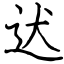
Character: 迖